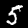
Label: 5